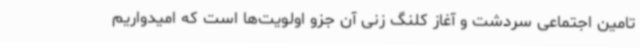
تامین اجتماعی سردشت و آغاز کلنگ زنی آن جزو اولویت‌ها است که امیدواریم